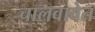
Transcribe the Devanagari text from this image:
चालवावेत